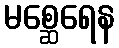
မစ္ဆေရေန